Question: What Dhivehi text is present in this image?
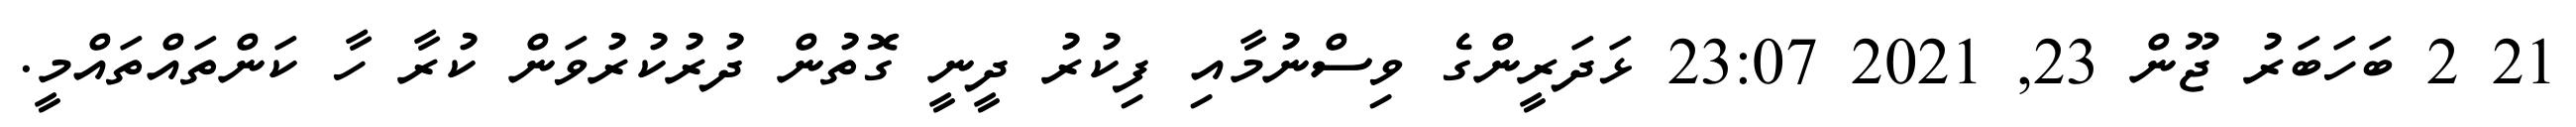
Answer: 21 2 ބަހަބަރު ޖޫން 23, 2021 23:07 ޅަދަރީންގެ ވިސްނުމާއި ފިކުރު ދީނީ ގޮތުން ދުރުކުރުވަން ކުރާ ހާ ކަންތައްތައްމީ.